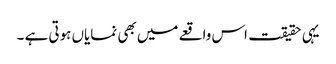
یہی حقیقت اس واقعے میں بھی نمایاں ہوتی ہے ۔